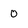
Character: 0